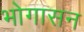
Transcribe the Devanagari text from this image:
भोगासन